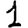
Digit: 1